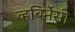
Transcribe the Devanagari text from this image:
व्हबिर्नेसी